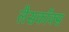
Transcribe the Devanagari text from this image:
लैसकॉक्स